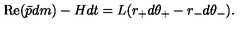
\mathrm { R e } ( \bar { p } d m ) - H d t = L ( r _ { + } d \theta _ { + } - r _ { - } d \theta _ { - } ) .